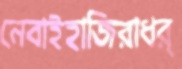
নেবাইহাজিরাধর্